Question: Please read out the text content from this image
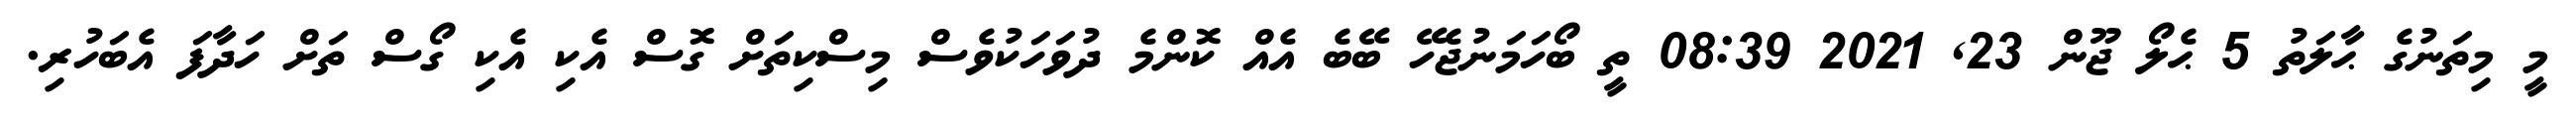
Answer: މީ މިތަނުގެ ޙާލަތު 5 ޙެލޯ ޖޫން 23, 2021 08:39 ތީ ބޯހަމަނުޖެހޭ ބޭބެ އެއް ކޮންމެ ދުވަހަކުވެސް މިސްކިތަށް ގޮސް އެކި އެކި ގޯސް ތަށް ހަދާފަ އެބަހުރި.